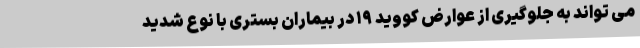
می تواند به جلوگیری از عوارض کووید ۱۹ در بیماران بستری با نوع شدید